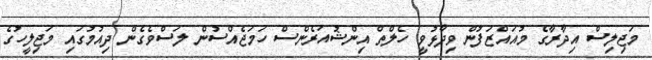
މަޖިލިސް އިދާރާގެ މުއައްޒަފުން ވިދާޅުވީ ހެލްތް އިންޝުއަރެންސް ހަމަޖެއްސުން ލަސްވެގެން ދިއުމުގައި މަޖިލީހުގެ